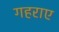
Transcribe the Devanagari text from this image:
गहराए